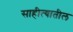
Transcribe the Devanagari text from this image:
साहीत्यातील